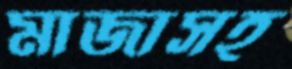
মাজাসহ